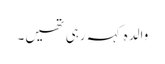
والدہ کہہ رہی تھیں۔